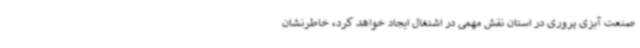
صنعت آبزی پروری در استان نقش مهمی در اشتغال ایجاد خواهد کرد، خاطرنشان